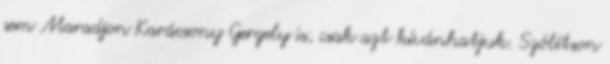
sem Maradjon Karácsony Gergely is, csak azt kívánhatjuk. Szólítson